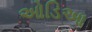
ઓડિઆ